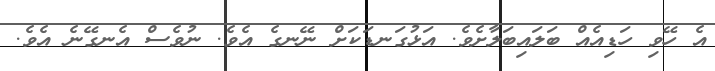
އެ ހޭވި ހަޑިއެއް ބަލައިބަލާށެވެ. އަޅުގަނޑަކަށް ނޭނގެ އެވެ. ނުވެސް އެނގޭނެ އެވެ.